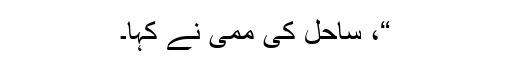
“، ساحل کی ممی نے کہا۔